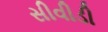
સીવીડી